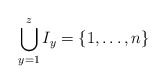
\begin{align*}\bigcup_{y=1}^z I_y = \{1, \dots, n\}\end{align*}